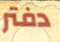
دفتر